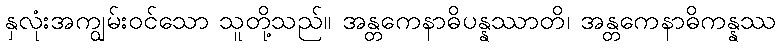
နှလုံးအကျွမ်းဝင်သော သူတို့သည်။ အန္တကေနာဓိပန္နဿာတိ၊ အန္တကေနာဓိကန္နဿ